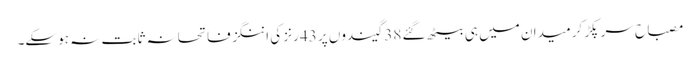
مصباح سر پکڑ کر میدان میں ہی بیٹھ گئے 38 گیندوں پر 43 رنز کی اننگز فاتحانہ ثابت نہ ہوسکے۔